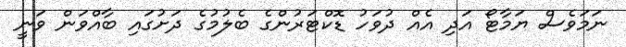
ނަމަވެސް ޔަމާޓޯ އަދި އެއް ދުވަހު ޑޮކްޓަރުންގެ ބެލުމުގެ ދަށުގައި ބާއްވަން ވަނީ